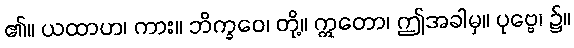
၏။ ယထာဟ၊ ကား။ ဘိက္ခဝေ၊ တို့။ ဣတော၊ ဤအခါမှ။ ပုဗ္ဗေ၊ ၌။